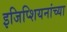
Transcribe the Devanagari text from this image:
इजिप्शियनांच्या